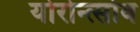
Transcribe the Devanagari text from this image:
योरोन्त्सोव